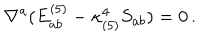
\nabla ^ { a } ( E _ { a b } ^ { ( 5 ) } - \kappa _ { ( 5 ) } ^ { 4 } S _ { a b } ) = 0 \, .